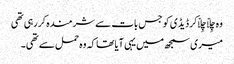
وہ چِلّا چِلّاکر ڈیڈی کو جس بات سے شرمندہ کررہی تھی
میری سمجھ میں یہی آیا تھا کہ وہ حمل سے تھی ۔